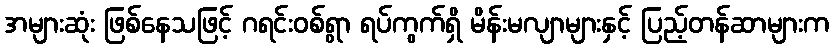
အများဆုံး ဖြစ်နေသဖြင့် ဂရင်းဝစ်ရွာ ရပ်ကွက်ရှိ မိန်းမလျာများနှင့် ပြည့်တန်ဆာများက